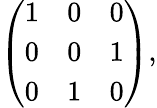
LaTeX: \left(\begin{array}{ccc}{{1}}&{{0}}&{{0}}\\ {{0}}&{{0}}&{{1}}\\ {{0}}&{{1}}&{{0}}\end{array}\right),